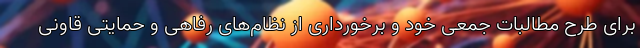
برای طرح مطالبات جمعی خود و برخورداری از نظام‌های رفاهی و حمایتی قاونی